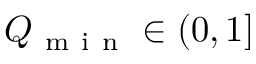
Q _ { \mathrm { ~ m ~ i ~ n ~ } } \in ( 0 , 1 ]